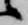
候